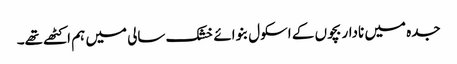
جدہ میں نادار بچوں کے اسکول بنوائے خشک سالی میں ہم اکٹھے تھے۔